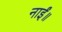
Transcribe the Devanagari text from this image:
नाईं॥